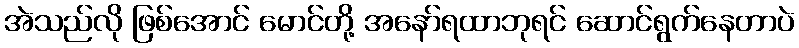
အဲသည်လို ဖြစ်အောင် မောင်တို့ အနော်ရထာဘုရင် ဆောင်ရွက်နေတာပဲ